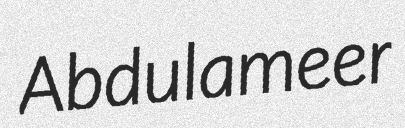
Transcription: Abdulameer